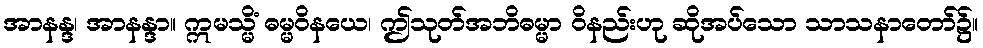
အာနန္ဒ၊ အာနန္ဒာ။ ဣမသ္မိံ ဓမ္မဝိနယေ၊ ဤသုတ်အဘိဓမ္မာ ဝိနည်းဟု ဆိုအပ်သော သာသနာတော်၌။